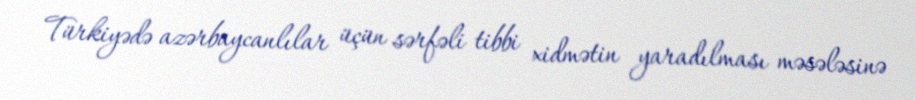
Türkiyədə azərbaycanlılar üçün sərfəli tibbi xidmətin yaradılması məsələsinə